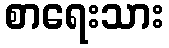
စာရေးသား